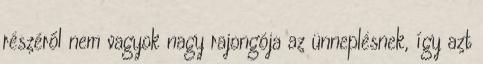
részéről nem vagyok nagy rajongója az ünneplésnek, így azt